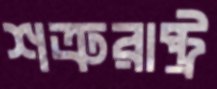
শত্রুরাষ্ট্র